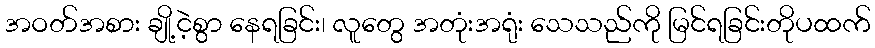
အဝတ်အစား ချို့ငဲ့စွာ နေရခြင်း၊ လူတွေ အတုံးအရုံး သေသည်ကို မြင်ရခြင်းတိုပထက်